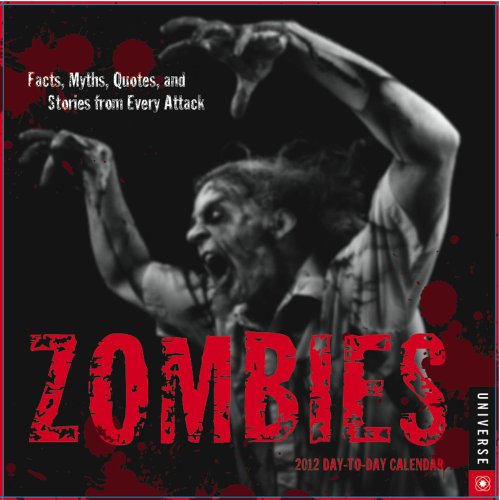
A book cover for Zombies: Facts, Myths, Quotes, and Stories from Every Attack: 2012 Day-to-Day Calendar; Universe Publishing; Calendars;